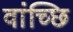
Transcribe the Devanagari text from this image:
वांच्छि